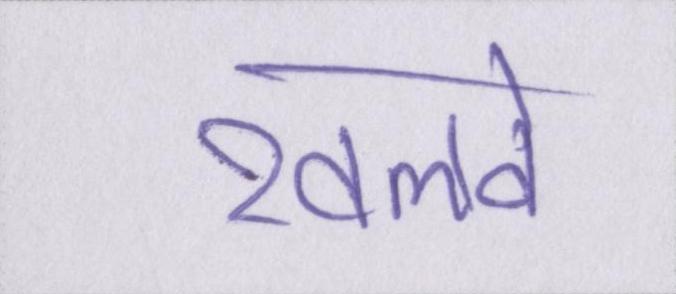
खलवे